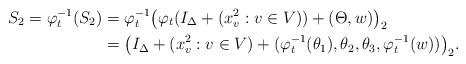
LaTeX: \begin{align*}S_2= \varphi_t^{-1}(S_2)&=\varphi_t^{-1} \big( \varphi_t(I_\Delta+(x_v^2:v \in V))+(\Theta,w)\big)_2\\&=\big(I_\Delta+(x_v^2:v\in V)+(\varphi_t^{-1}(\theta_1),\theta_2,\theta_3,\varphi_t^{-1}(w))\big)_2.\end{align*}